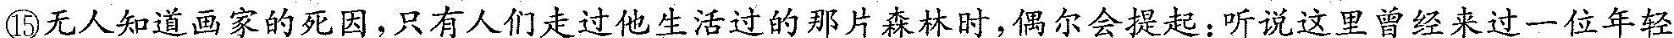
⑮\underline{无人知道画家的死因，只有人们走过他生活过的那片森林时，偶尔会提起:听说这里曾经来过一位年轻}